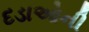
દડાઓની